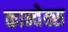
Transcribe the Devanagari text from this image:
कान्वेक्स